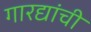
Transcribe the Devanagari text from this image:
गारद्यांची